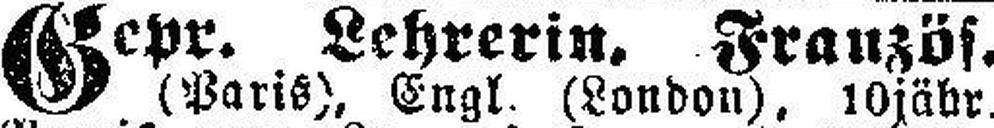
Gepr. Lehrerin, Französ.